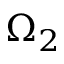
\Omega _ { 2 }